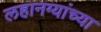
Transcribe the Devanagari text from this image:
लहानग्यांच्या